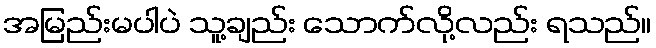
အမြည်းမပါပဲ သူ့ချည်း သောက်လို့လည်း ရသည်။